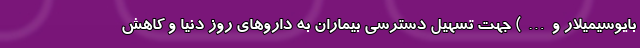
بایوسیمیلار و…) جهت تسهیل دسترسی بیماران به داروهای روز دنیا و کاهش